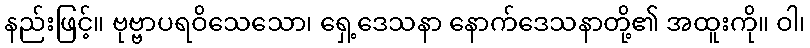
နည်းဖြင့်။ ဗုဗ္ဗာပရဝိသေသော၊ ရှေ့ဒေသနာ နောက်ဒေသနာတို့၏ အထူးကို။ ဝါ၊